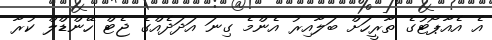
އެ އެއާޕޯޓުގެ ތާރީހަށް ބަލާއިރު އެންމެ ގިނަ އަދަދެއްގެ ޖެޓް ހޭންޑްލް ކުރާ